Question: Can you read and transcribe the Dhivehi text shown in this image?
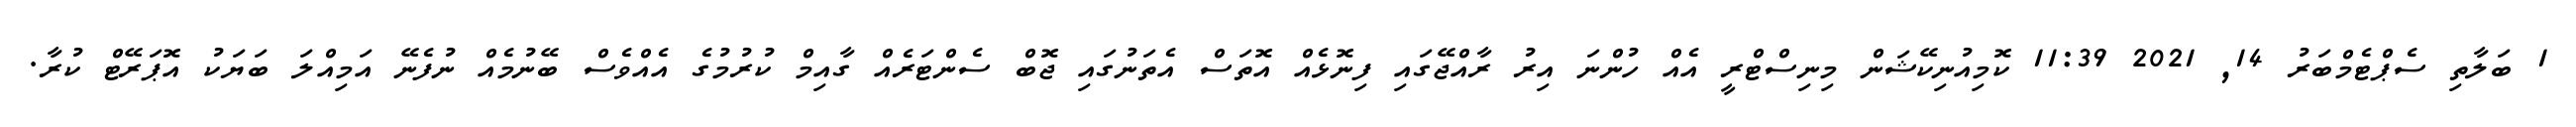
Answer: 1 ބަލާތި ސެޕްޓެމްބަރު 14, 2021 11:39 ކޮމިއުނިކޭޝަން މިނިސްޓްރީ އެއް ހުންނަ އިރު ރާއްޖޭގައި ފިނޮޅެއް އޮތަސް އެތަނުގައި ޖޮބް ސެންޓަރެއް ގާއިމް ކުރުމުގެ އެއްވެސް ބޭނުމެއް ނުފެނޭ އަމިއްލަ ބަޔަކު އޮޕަރޭޓް ކުރާ.